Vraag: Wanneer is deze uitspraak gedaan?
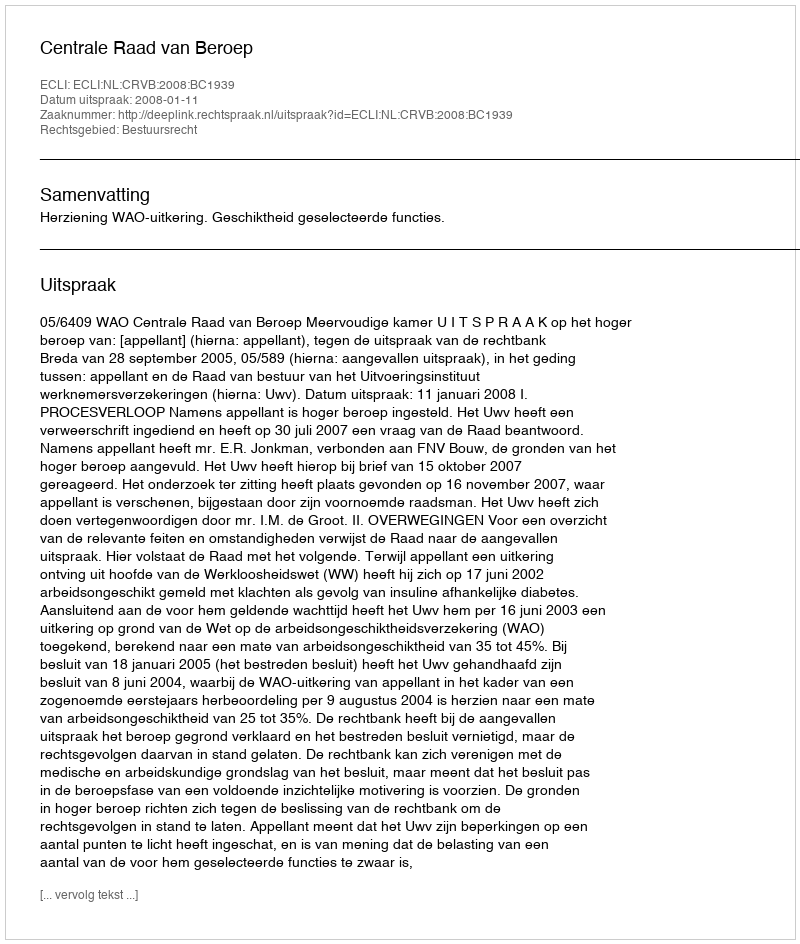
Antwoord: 2008-01-11